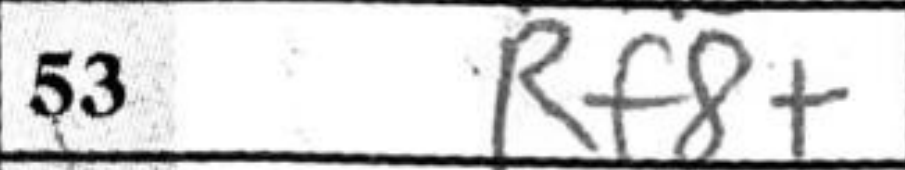
Transcription: Rf8+